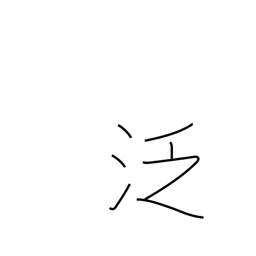
Meaning: careless